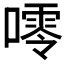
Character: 𱔴